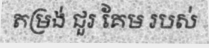
តម្រង់ ជួរ គែម របស់